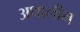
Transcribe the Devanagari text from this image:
अधालीन